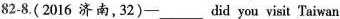
82-8.( 2016 济南,32)-___did you visit Taiwan